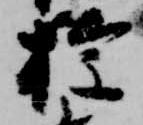
権